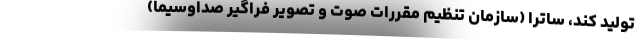
تولید کند، ساترا (سازمان تنظیم مقررات صوت و تصویر فراگیر صداوسیما)